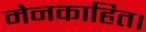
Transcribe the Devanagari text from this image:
मेनकाहित।